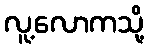
လူ့လောကသို့